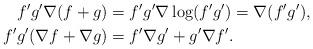
LaTeX: \begin{align*}f'g'\nabla(f+g)&=f'g'\nabla\log(f'g')=\nabla(f'g'),\\f'g'(\nabla f+\nabla g)&=f'\nabla g'+g'\nabla f'.\end{align*}